Civil Veterinary Dept. Assam report 1927-50 - 1927-1950
Year: 1927
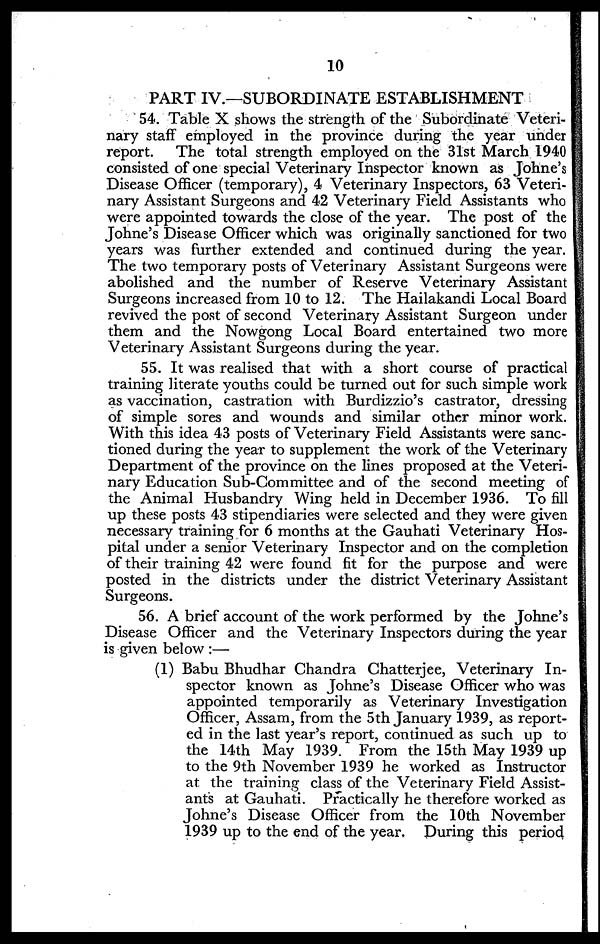
10
PART IV.—SUBORDINATE ESTABLISHMENT
54. Table X shows the strength of the Subordinate Veteri-
nary staff employed in the province during the year under
report. The total strength employed on the 31st March 1940
consisted of one special Veterinary Inspector known as Johne's
Disease Officer (temporary), 4 Veterinary Inspectors, 63 Veteri-
nary Assistant Surgeons and 42 Veterinary Field Assistants who
were appointed towards the close of the year. The post of the
Johne's Disease Officer which was originally sanctioned for two
years was further extended and continued during the year.
The two temporary posts of Veterinary Assistant Surgeons were
abolished and the number of Reserve Veterinary Assistant
Surgeons increased from 10 to 12. The Hailakandi Local Board
revived the post of second Veterinary Assistant Surgeon under
them and the Nowgong Local Board entertained two more
Veterinary Assistant Surgeons during the year.
55. It was realised that with a short course of practical
training literate youths could be turned out for such simple work
as vaccination, castration with Burdizzio's castrator, dressing
of simple sores and wounds and similar other minor work.
With this idea 43 posts of Veterinary Field Assistants were sanc-
tioned during the year to supplement the work of the Veterinary
Department of the province on the lines proposed at the Veteri-
nary Education Sub-Committee and of the second meeting of
the Animal Husbandry Wing held in December 1936. To fill
up these posts 43 stipendiaries were selected and they were given
necessary training for 6 months at the Gauhati Veterinary Hos-
pital under a senior Veterinary Inspector and on the completion
of their training 42 were found fit for the purpose and were
posted in the districts under the district Veterinary Assistant
Surgeons.
56. A brief account of the work performed by the Johne's
Disease Officer and the Veterinary Inspectors during the year
is given below :—
(1) Babu Bhudhar Chandra Chatterjee, Veterinary In-
spector known as Johne's Disease Officer who was
appointed temporarily as Veterinary Investigation
Officer, Assam, from the 5th January 1939, as report-
ed in the last year's report, continued as such up to
the 14th May 1939. From the 15th May 1939 up
to the 9th November 1939 he worked as Instructor
at the training class of the Veterinary Field Assist-
ants at Gauhati. Practically he therefore worked as
Johne's Disease Officer from the 10th November
1939 up to the end of the year. During this period